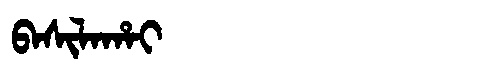
Manchu: ᠪᠠᠰᡳᠯᠠᡥᠠᡳ
Romanization: BASILAHAI